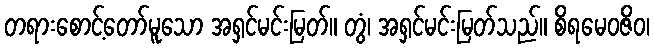
တရားစောင့်တော်မူသော အရှင်မင်းမြတ်။ တွံ၊ အရှင်မင်းမြတ်သည်။ စိရမေဝဇိဝ၊